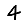
Digit: 4